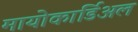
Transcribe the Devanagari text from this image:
मायोकार्डिअल